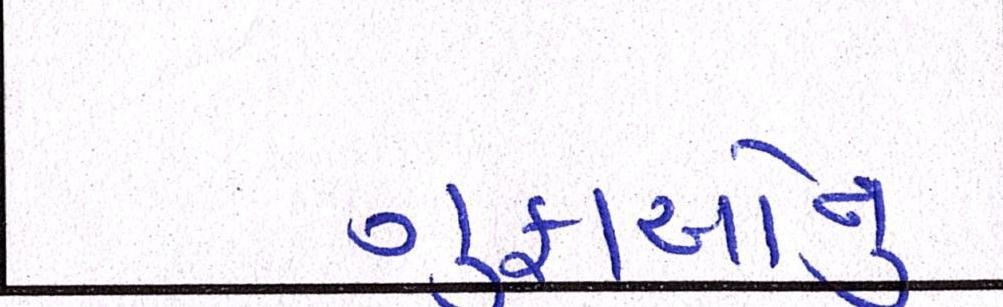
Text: ગુફાઓનું